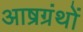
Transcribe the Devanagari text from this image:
आष्रग्रंथों